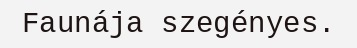
Faunája szegényes.